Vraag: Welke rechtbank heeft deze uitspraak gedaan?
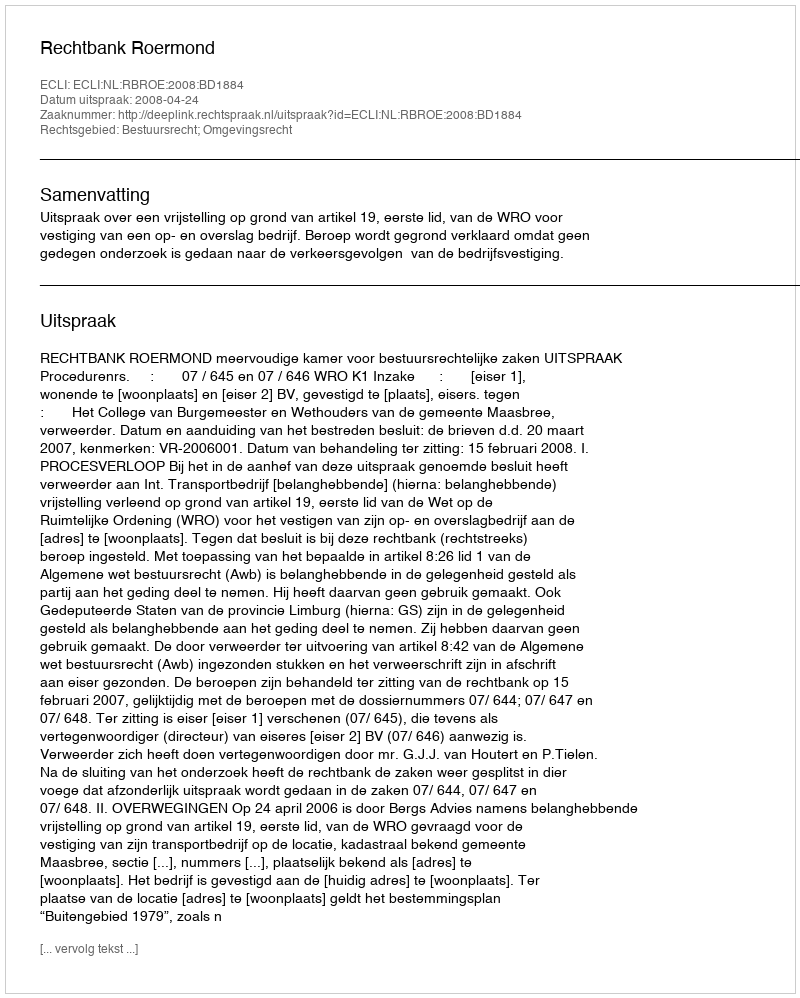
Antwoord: Rechtbank Roermond